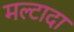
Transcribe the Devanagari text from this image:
मल्टादा